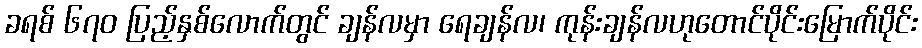
ခရစ် ၆၇၀ ပြည့်နှစ်လောက်တွင် ချန်လမှာ ရေချန်လ၊ ကုန်းချန်လဟုတောင်ပိုင်းမြောက်ပိုင်း